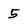
Character: 5